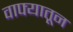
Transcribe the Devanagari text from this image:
वाफ्यातून